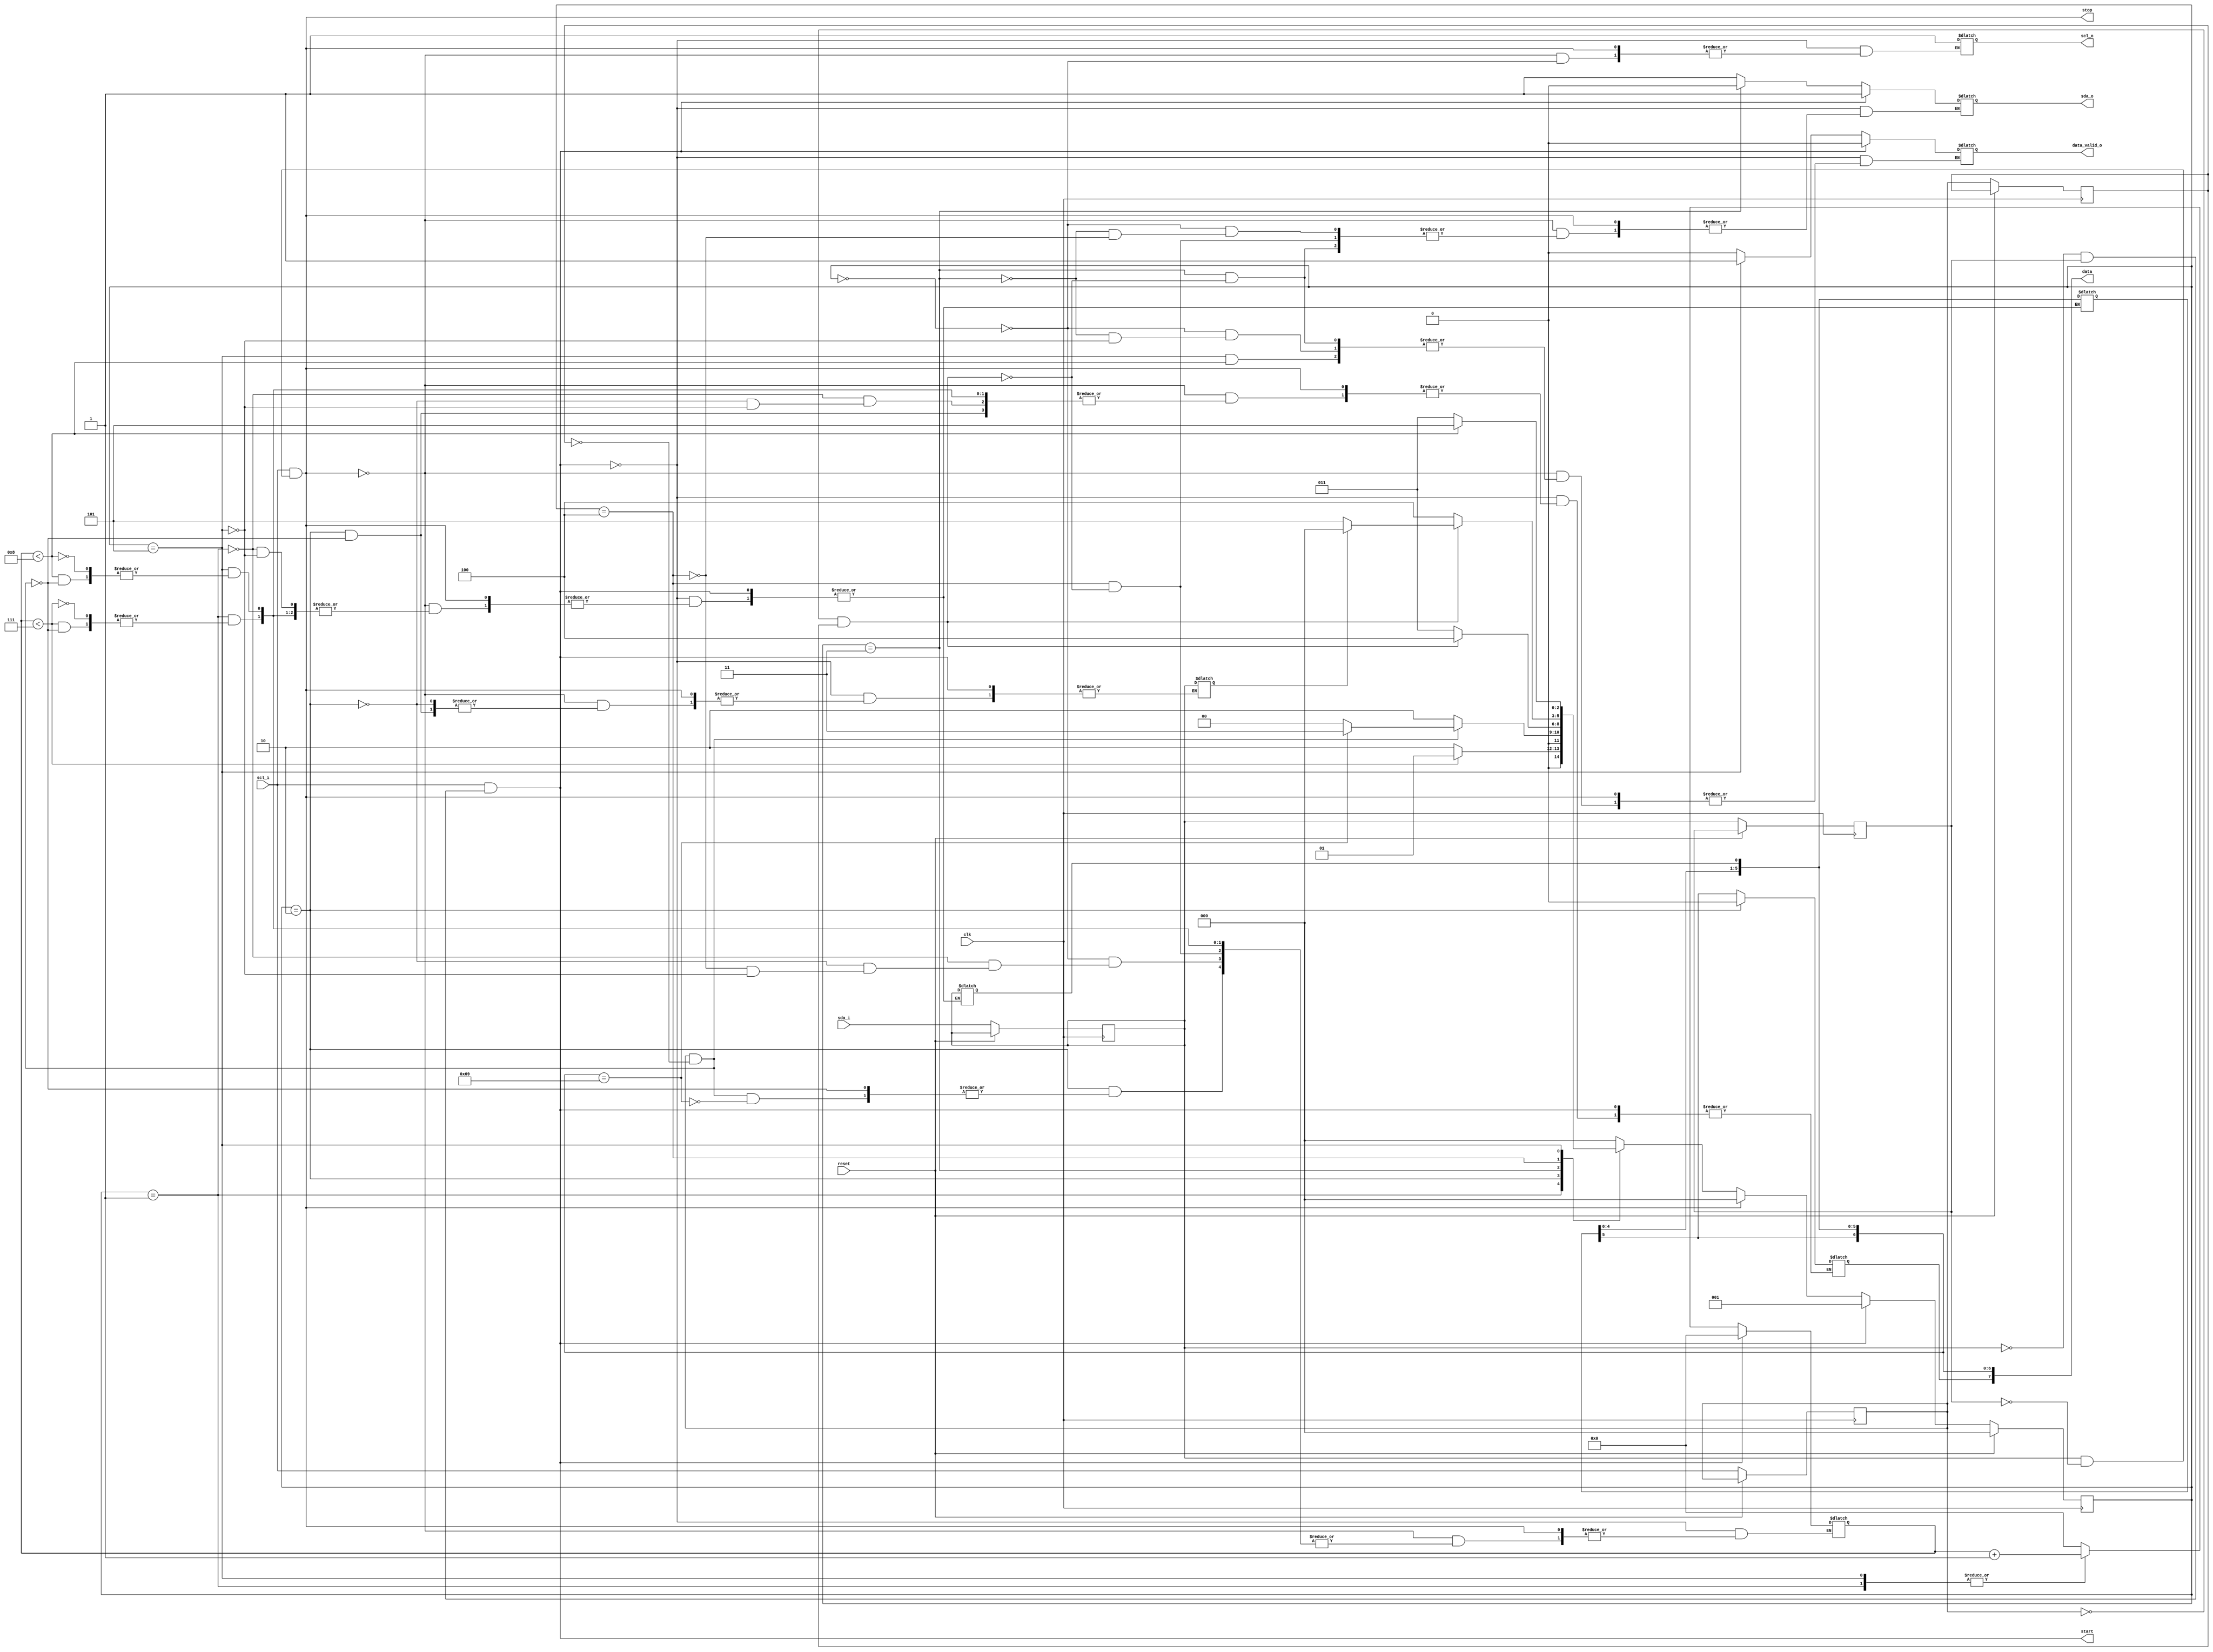
`default_nettype none
`ifndef __i2c__
`define __i2c__

module i2c #(
	parameter ADDRESS = 7'h69
)(
	input wire scl_i,
	output wire scl_o,	//needed?
	input wire sda_i,
	output wire sda_o,
	input wire clk,
	input wire reset,
	output reg [7:0]data,
	output wire data_valid_o,
	output wire start,
	output wire stop
);

	reg scl;
	reg last_scl;
	wire scl_posedge = scl & ~last_scl;
	wire scl_negedge = ~scl & last_scl;
	reg scl_out;
	
	reg sda;
	reg last_sda;
	wire sda_posedge = sda & ~last_sda;
	wire sda_negedge = ~sda & last_sda;
	reg sda_out;
	
	wire start_signal = scl_i & sda_negedge;
	wire stop_signal = scl_i & sda_posedge;
	
	localparam Data_size = 8;
	//reg [Data_size-1:0]data;
	reg [3:0]data_cnt;
	reg data_valid;
	reg read;
	
	
	localparam IDLE = 3'd0;
	localparam READADDRESS = 3'd1;
	localparam READORWRITE = 3'd2;
	localparam PREPACK = 3'd3;
	localparam ACK = 3'd4;
	localparam WRITE = 3'd5;
	reg [2:0]state, next_state;

	always @(posedge clk) begin
		if (reset) begin
			state <= IDLE;
            
        end else begin
        	scl <= scl_i;
        	sda <= sda_i;
        	last_scl <= scl;
    		last_sda <= sda;
    		state <= next_state;
        end
    end
    
	always @(state, start_signal, stop_signal, scl_posedge, scl_negedge) begin
		if (start_signal) begin
			data_cnt <= 4'b0000;
			data_valid <= 1'b0;
			sda_out <= 1'b1;
			scl_out <= 1'b1;
			next_state <= READADDRESS;
		end else if (stop_signal) begin
			next_state <= IDLE;
		end else begin
			case(state)
				IDLE: begin
					data_cnt <= 4'b0000;
					data_valid <= 1'b0;
					sda_out <= 1'b1;
					scl_out <= 1'b1;
					next_state <= IDLE;
				end
				READADDRESS: begin
					if (data_cnt < Data_size-1) begin
						if (scl_posedge) begin
							data <= data<<1;
							data[0] <= sda;
							data_cnt <= data_cnt + 4'b0001;
						end
						next_state <= READADDRESS;
					end else begin
						next_state <= READORWRITE;
					end
				end
				READORWRITE: begin
					if (scl_posedge) begin
						read <= sda;
						data[Data_size-1] <= 0;
						if (data[Data_size-2:0] == ADDRESS) begin
							data_cnt <= 4'b0;
							next_state <= PREPACK;
						end else begin
							next_state <= IDLE;
						end
					end else begin
						next_state <= READORWRITE;
					end
				end
				PREPACK: begin
						if (scl_negedge) begin
							sda_out <= 1'b0;
							data_valid <= 1'b0;
							next_state <= ACK;
						end else begin
							next_state <= PREPACK;
						end
					
				end
				ACK: begin
					if (scl_negedge) begin
						sda_out <= 1'b1;
						data_cnt <= 4'b0;
						if (read) begin
							next_state <= IDLE;
						end else begin
							next_state <= WRITE;
						end
					end else begin
						next_state <= ACK;
					end
				end
				WRITE: begin
					if (data_cnt < Data_size) begin
						if (scl_posedge) begin
							data <= data<<1;
							data[0] <= sda;
							data_cnt <= data_cnt + 4'b0001;
						end
						next_state <= WRITE;
					end else begin
						data_valid <= 1'b1;		//TODO: STROBE??
						next_state <= PREPACK;
					end
				end
				default:
		    		next_state <= IDLE;
			endcase
		end
    	
    	
    end
    assign sda_o = sda_out;
    assign scl_o = scl_out;
    assign data_valid_o = data_valid;
    assign start = start_signal;
    assign stop = stop_signal;
endmodule
`endif